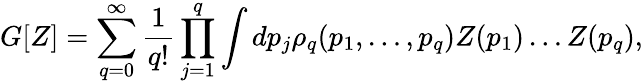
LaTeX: G[Z]=\sum_{q=0}^{\infty}\frac{1}{q!}\prod_{j=1}^{q}\int dp_{j}\rho_{q}(p_{1},\ldots,p_{q})Z(p_{1})\ldots Z(p_{q}),